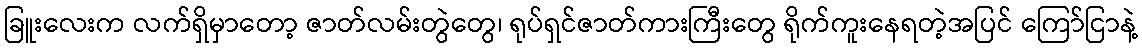
ခြူးလေးက လက်ရှိမှာတော့ ဇာတ်လမ်းတွဲတွေ၊ ရုပ်ရှင်ဇာတ်ကားကြီးတွေ ရိုက်ကူးနေရတဲ့အပြင် ကြော်ငြာနဲ့